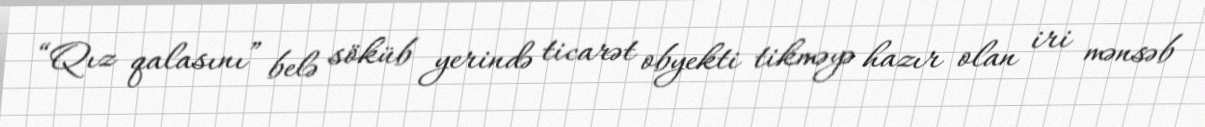
“Qız qalasını” belə söküb yerində ticarət obyekti tikməyə hazır olan iri mənsəb